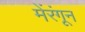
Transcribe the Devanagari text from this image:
मेंरंगून